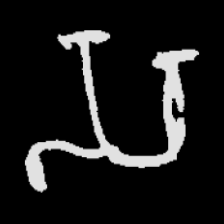
Pyu character \u2014 Myanmar letter: သ (romanized: sa)